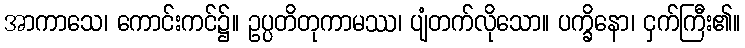
အာကာသေ၊ ကောင်းကင်၌။ ဥပ္ပတိတုကာမဿ၊ ပျံတက်လိုသော။ ပက္ခိနော၊ ငှက်ကြီး၏။